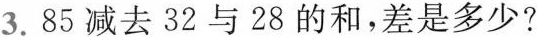
3. 85减去32与28的和，差是多少?